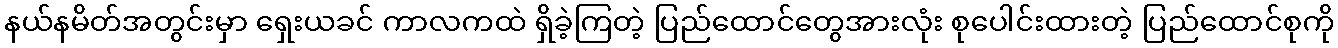
နယ်နမိတ်အတွင်းမှာ ရှေးယခင် ကာလကထဲ ရှိခဲ့ကြတဲ့ ပြည်ထောင်တွေအားလုံး စုပေါင်းထားတဲ့ ပြည်ထောင်စုကို